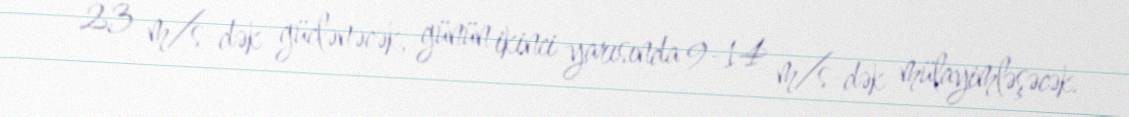
23 m/s-dək güclənəcək, günün ikinci yarısında 9-14 m/s-dək mülayimləşəcək.